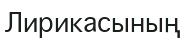
Лирикасының